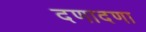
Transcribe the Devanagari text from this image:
दणादणा